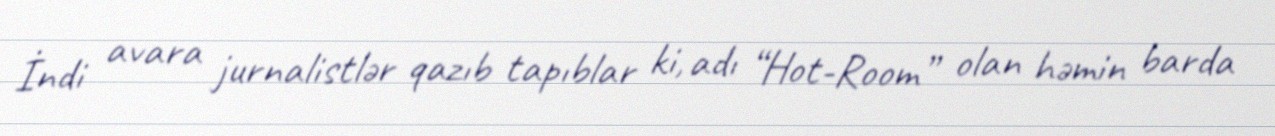
İndi avara jurnalistlər qazıb tapıblar ki, adı “Hot-Room” olan həmin barda